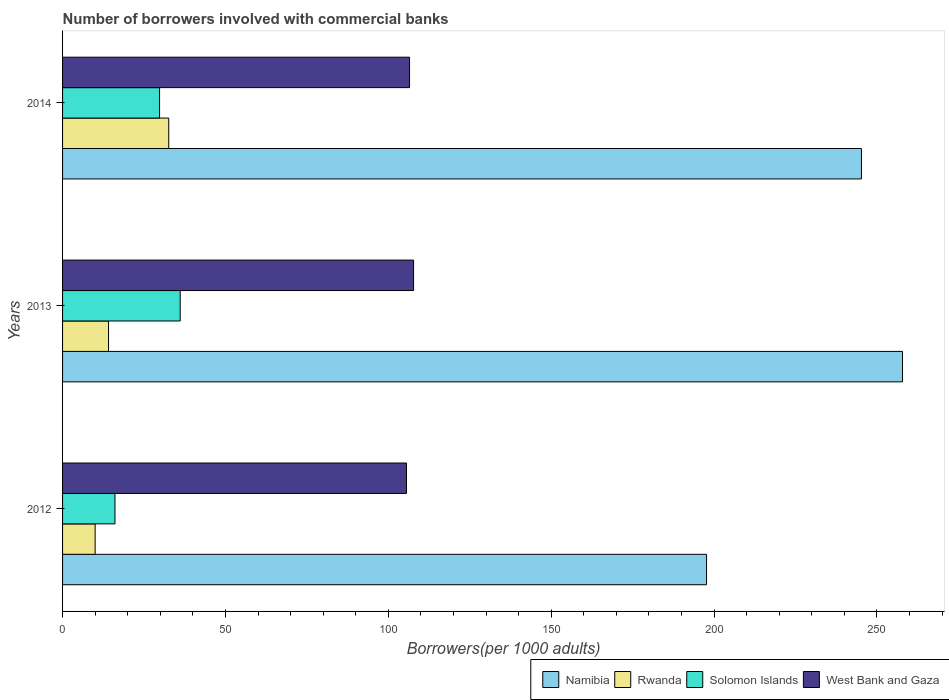
| Years | Namibia | Rwanda | Solomon Islands | West Bank and Gaza |
 | --- | --- | --- | --- | --- |
 | 2012 | 198 | 10 | 16.1 | 106 |
 | 2013 | 258 | 14.1 | 36.1 | 108 |
 | 2014 | 245 | 32.6 | 29.8 | 107 |